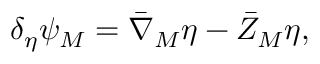
\delta _ { \eta } \psi _ { M } = { \bar { \nabla } } _ { M } \eta - { \bar { Z } } _ { M } \eta ,